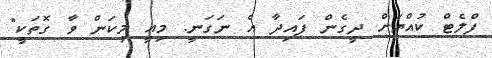
ފްލެޓް ކުއްޔަށް ދީގެން ފައިދާ އެ ނަގަނީ. މިއީ މިކަން ވާ ގޮތަކީ"